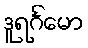
ဒူရင်္ဂမော